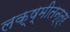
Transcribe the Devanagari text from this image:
लक्ष्मीतन्त्र